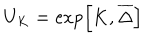
U _ { K } = \exp \left[ K , \overline { { { \Delta } } } \right]